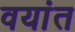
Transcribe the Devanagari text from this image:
वयांत